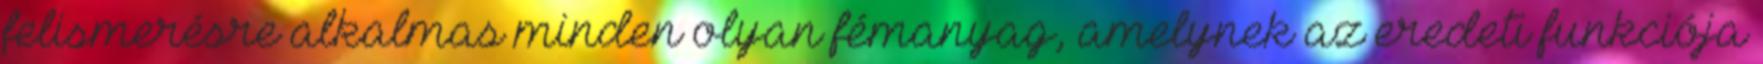
felismerésre alkalmas minden olyan fémanyag, amelynek az eredeti funkciója